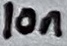
Text: 10n